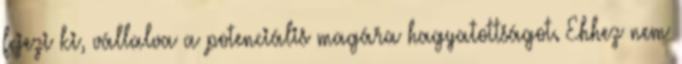
fejezi ki, vállalva a potenciális magára hagyatottságot. Ehhez nem